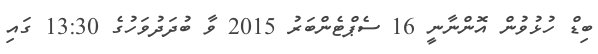
ބިޑް ހުޅުވުން އޮންނާނީ 16 ސެޕްޓެންބަރު 2015 ވާ ބުދަދުވަހުގެ 13:30 ގައި